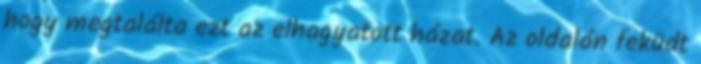
hogy megtalálta ezt az elhagyatott házat. Az oldalán feküdt